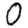
Digit: 0